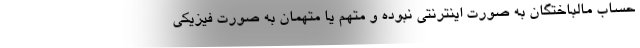
حساب مالباختگان به صورت اینترنتی نبوده و متهم یا متهمان به صورت فیزیکی